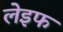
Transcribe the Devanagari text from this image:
लेइफ